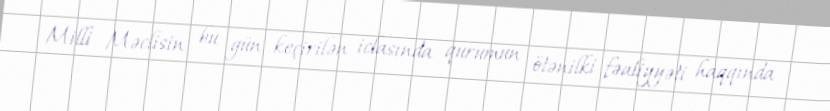
Milli Məclisin bu gün keçirilən iclasında qurumun ötənilki fəaliyyəti haqqında